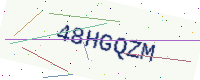
Text: 48HGQZM